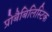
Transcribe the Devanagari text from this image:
प्रोबैबिलिस्टिक